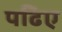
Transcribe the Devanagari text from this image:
पढिए